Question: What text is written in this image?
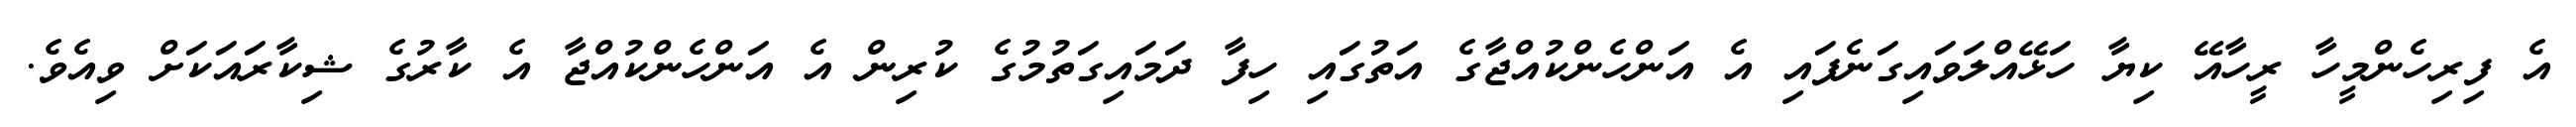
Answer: އެ ފިރިހެންމީހާ ރީހާއޭ ކިޔާ ހަޅޭއްލަވައިގަނެފައި އެ އަންހެންކުއްޖާގެ އަތުގައި ހިފާ ދަމައިގަތުމުގެ ކުރިން އެ އަންހެންކުއްޖާ އެ ކާރުގެ ޝިކާރައަކަށް ވިއެވެ.